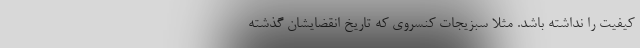
کیفیت را نداشته باشد. مثلا سبزیجات کنسروی که تاریخ انقضایشان گذشته